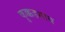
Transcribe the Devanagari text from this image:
कुक्कडगाव